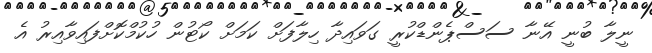
ނީލާ ބުނީ އޭނާ ސަސްޕެންޑްކުރީ ގަވައިދާ ހިލާފަށް ކަމަށް ކޯޓުން ހުކުމްކޮށްފައިވާއިރު އެ